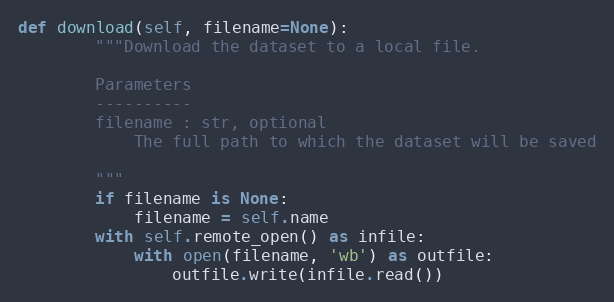
Language: Python
def download(self, filename=None):
        """Download the dataset to a local file.

        Parameters
        ----------
        filename : str, optional
            The full path to which the dataset will be saved

        """
        if filename is None:
            filename = self.name
        with self.remote_open() as infile:
            with open(filename, 'wb') as outfile:
                outfile.write(infile.read())